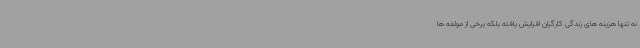
نه تنها هزینه های زندگی کارگران افزایش یافته بلکه برخی از مولفه ها